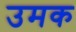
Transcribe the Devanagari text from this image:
उमक